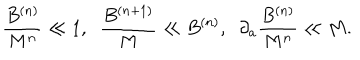
\frac { B ^ { ( n ) } } { M ^ { n } } \ll 1 , \; \; \frac { B ^ { ( n + 1 ) } } { M } \ll B ^ { ( n ) } , \; \; \partial _ { a } \frac { B ^ { ( n ) } } { M ^ { n } } \ll M .